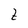
Character: t